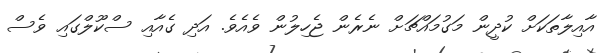
އާއިލާތަކަށް ކުދީން މަގުމައްޗަށް ނެރެން ޖެހިލުން ވެއެވެ. އަދި ގެއާއި ސްކޫލްގައި ވެސް